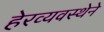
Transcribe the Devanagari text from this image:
हेरव्यवस्थेने